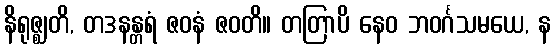
နိရုဇ္ဈတိ, တဒနန္တရံ ဇဝနံ ဇဝတိ။ တတြာပိ နေဝ ဘဝင်္ဂသမယေ, န